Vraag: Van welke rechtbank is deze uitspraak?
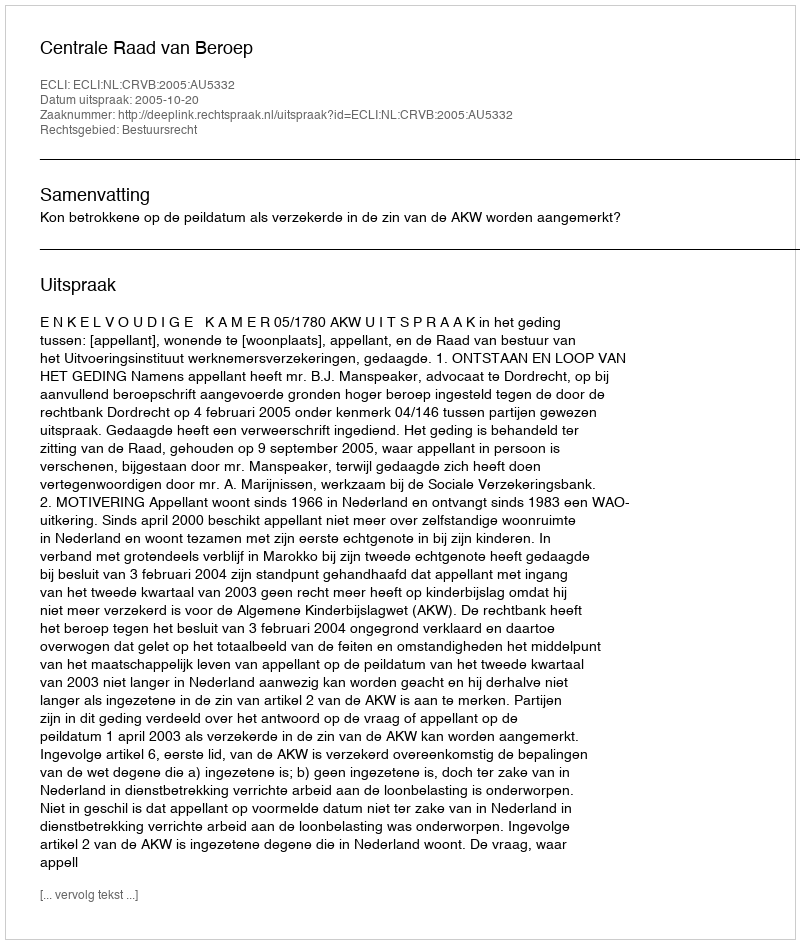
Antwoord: Centrale Raad van Beroep